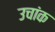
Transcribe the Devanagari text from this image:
उचांक